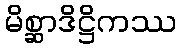
မိစ္ဆာဒိဋ္ဌိကဿ